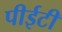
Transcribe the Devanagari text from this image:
पीईटी